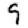
Digit: 9